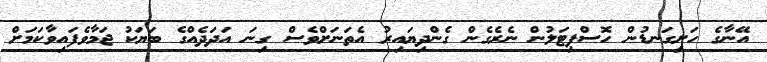
އޭނާގެ ހަށިގަނޑުން ހޮސްޕިޓަލުން ނެރެގެން ގެންދިޔައިރު އެތަނަށްވެސް ގިނަ އަދަދެއްގެ ބަޔަކު ޖަމާވެފައިވާކަމަށް